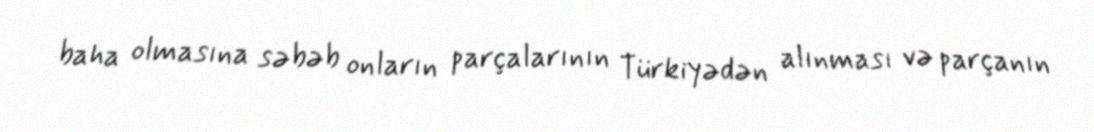
baha olmasına səbəb onların parçalarının Türkiyədən alınması və parçanın